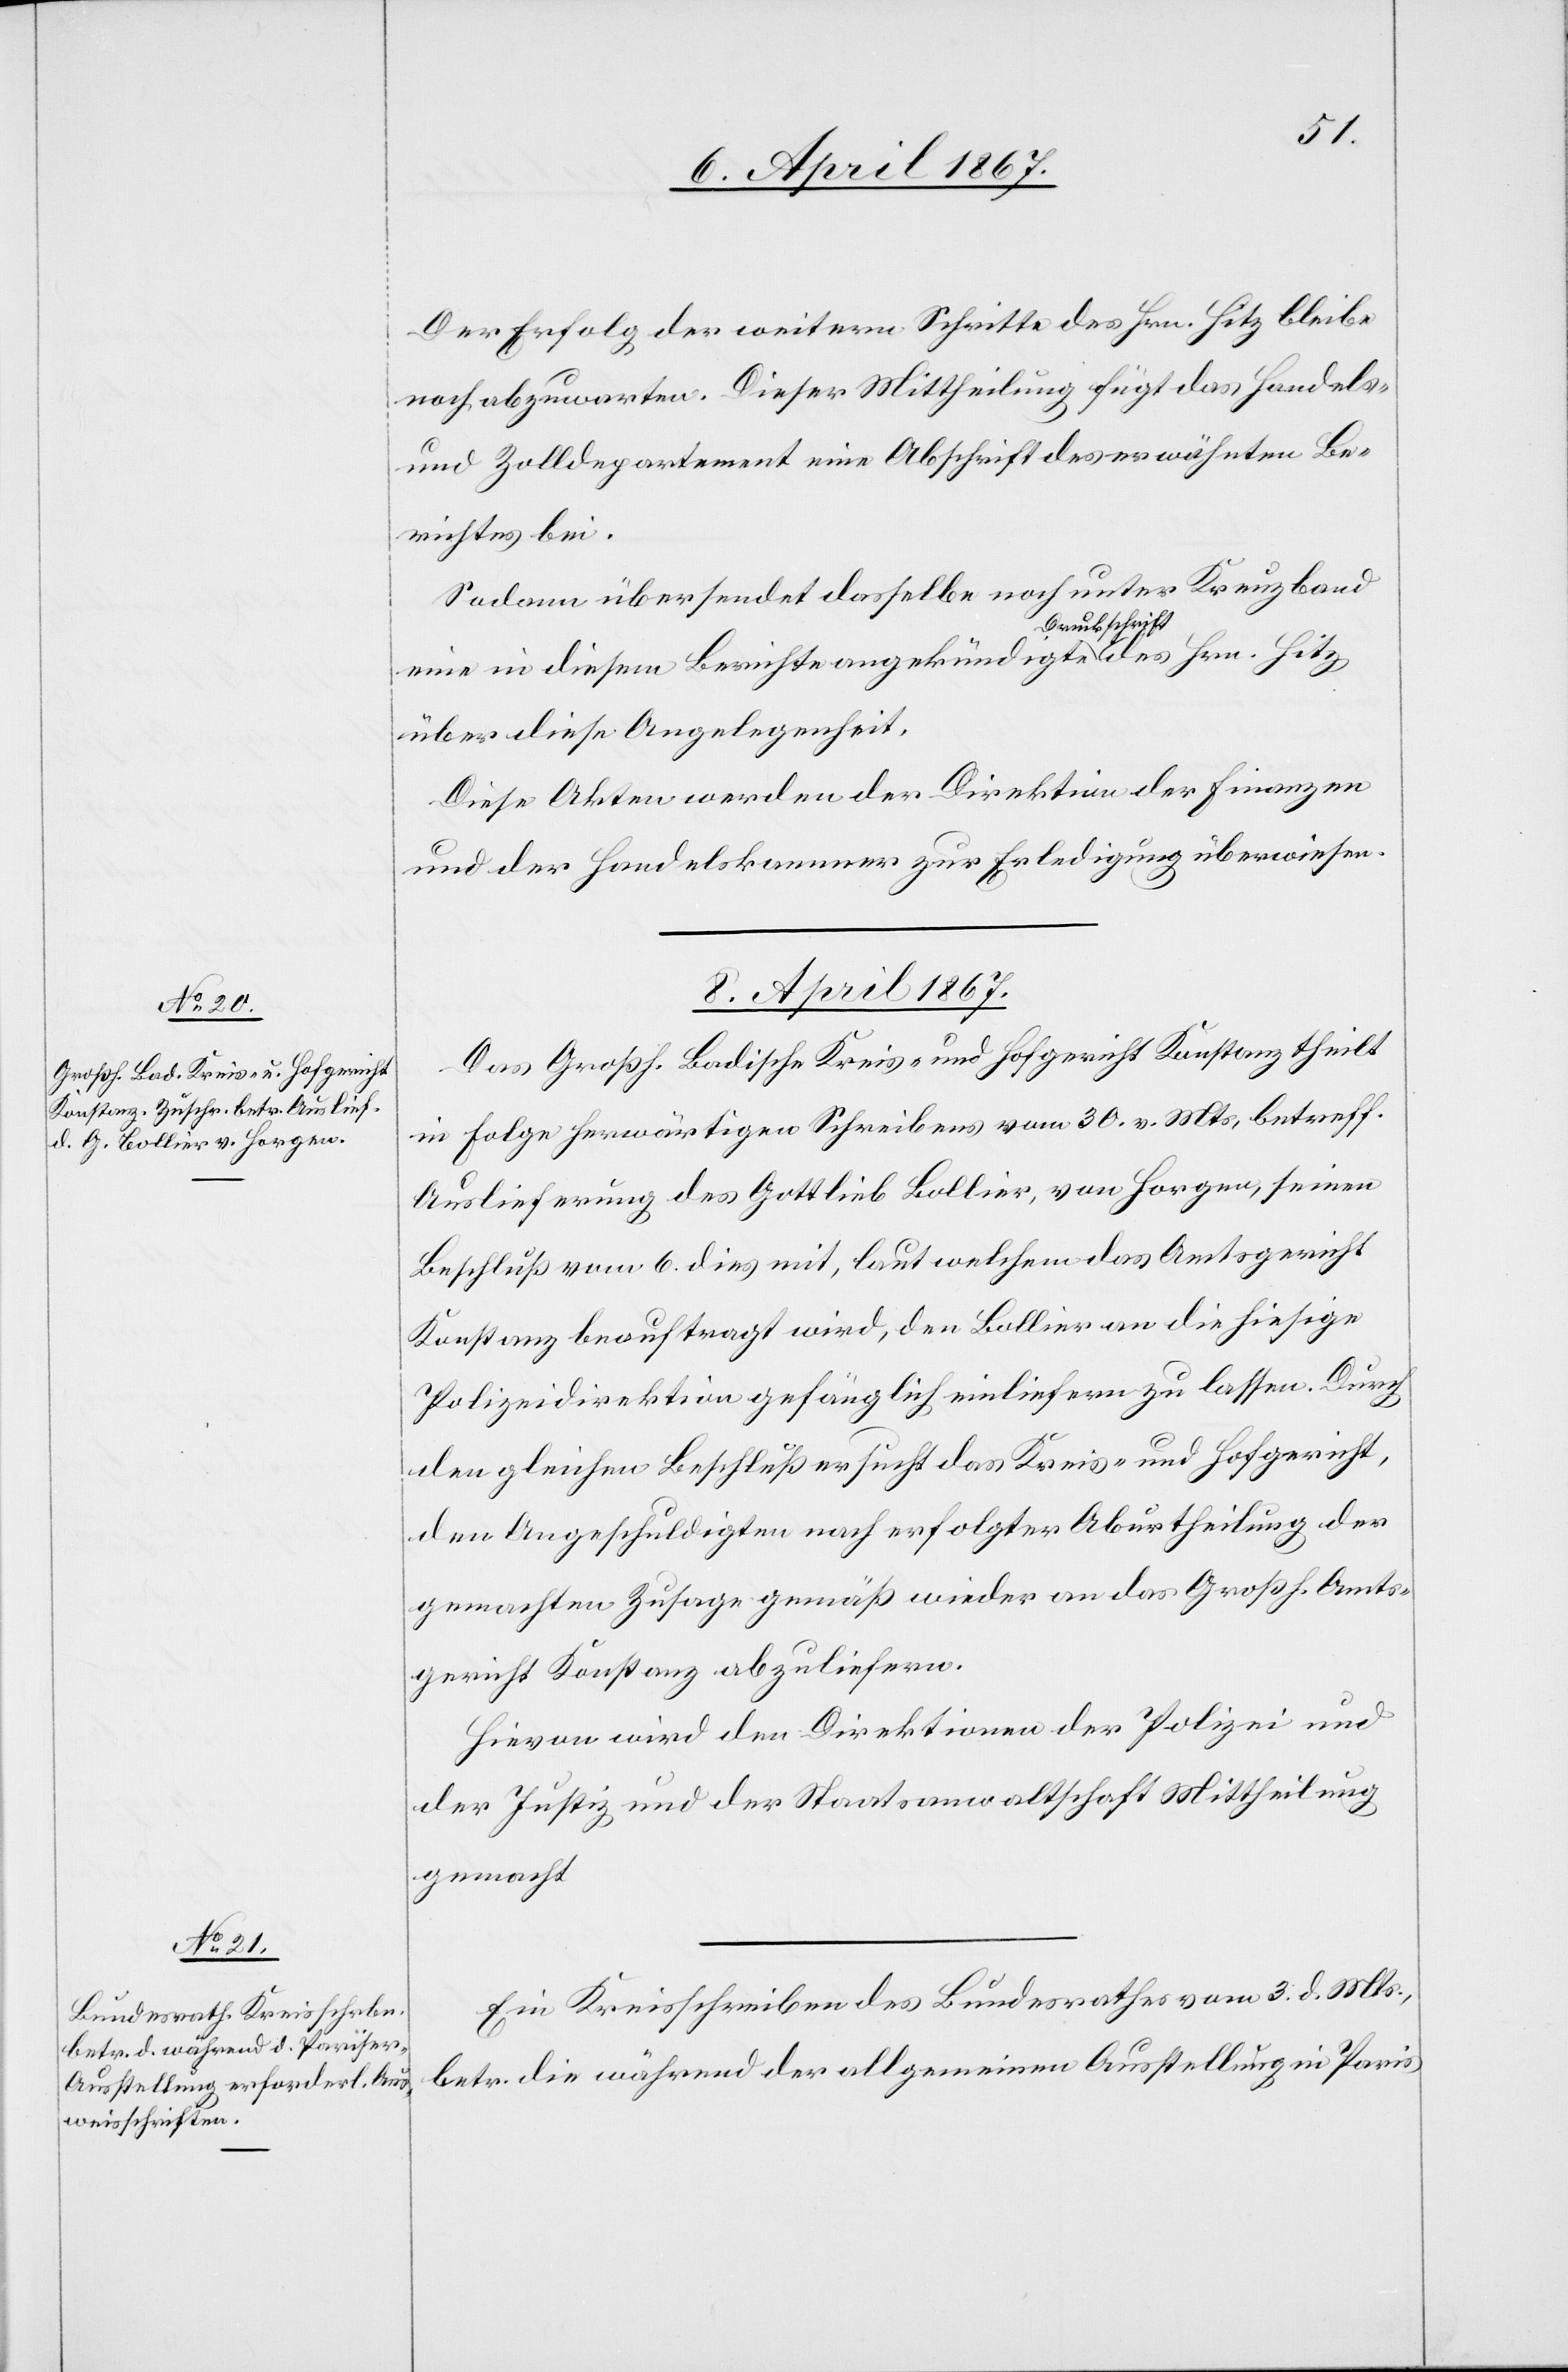
Der Erfolg der weitern Schritte des Hrn. Hitz bleibe
noch abzuwarten. Dieser Mittheilung fügt das Handels-
und Zolldepartement eine Abschrift des erwähnten Be¬
richtes bei.
Sodann übersendet dasselbe noch unter Kreuzband
eine in diesem Berichte angekündigte Dankschrift des Hrn. Hitz
über diese Angelegenheit.
Diese Akten werden der Direktion der Finanzen
und der Handelskammer zur Erledigung überwiesen.
8. April 1867.]
Das Großh. Badische Kreis- und Hofgericht Konstanz theilt
in Folge herwärtigen Schreibens vom 30. v. Mts betreffend
Auslieferung des Gottlieb Bollier, von Horgen, seinen
Beschluß vom 6. dies mit, laut welchem das Amtsgericht
Konstanz beauftragt wird, den Bollier an die hiesige
Polizeidirektion gefänglich einliefern zu lassen. Durch
den gleichen Beschluß ersucht das Kreis- und Hofgericht,
den Angeschuldigten nach erfolgter Aburtheilung der
gemachten Zusage gemäß wieder an das Großh. Amts¬
gericht Konstanz abzuliefern.
Hievon wird den Direktionen der Polizei und
der Justiz und der Staatsanwaltschaft Mittheilung
gemacht.
Ein Kreisschreiben des Bundesrathes vom 3. d. Mts.,
betr. die während der allgemeinen Ausstellung in Paris